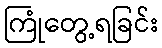
ကြုံတွေ့ရခြင်း